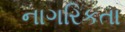
નાગરિકતા